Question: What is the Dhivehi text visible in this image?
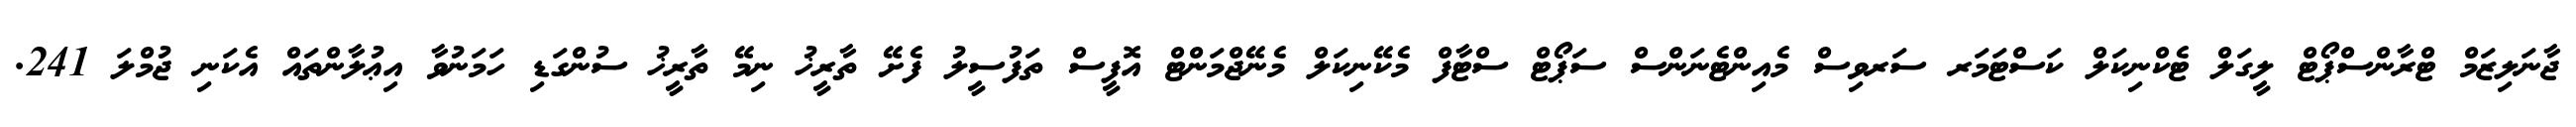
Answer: ޖާނަލިޒަމް ޓްރާންސްޕޯޓް ލީގަލް ޓެކްނިކަލް ކަސްޓަމަރ ސަރވިސް މެއިންޓެނަންސް ސަޕޯޓް ސްޓާފް މެކޭނިކަލް މެނޭޖްމަންޓް އޮފީސް ތަފުސީލު ފެށޭ ތާރީޚު ނިމޭ ތާރީޚު ސުންގަޑި ހަމަނުވާ އިޢުލާންތައް އެކަނި ޖުމްލަ 241.